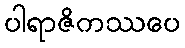
ပါရာဇိကဿပေ